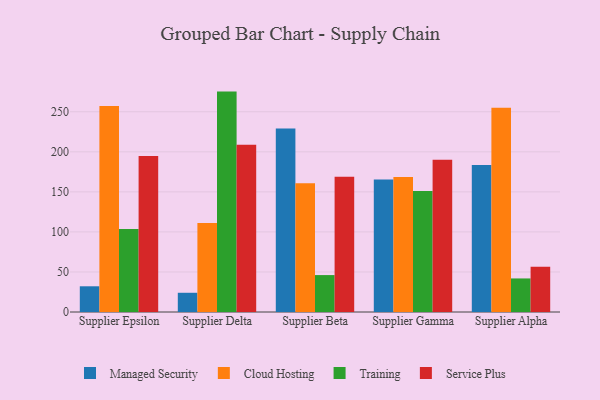
{"axis": {"x": "Supplier", "y": "Energy Usage (MWh)"}, "legend": ["Cloud Hosting", "Managed Security", "Service Plus", "Training"], "data": [{"x": "Supplier Epsilon", "y": 32.1, "type": "Managed Security"}, {"x": "Supplier Epsilon", "y": 257.3, "type": "Cloud Hosting"}, {"x": "Supplier Epsilon", "y": 103.6, "type": "Training"}, {"x": "Supplier Epsilon", "y": 194.9, "type": "Service Plus"}, {"x": "Supplier Delta", "y": 24.0, "type": "Managed Security"}, {"x": "Supplier Delta", "y": 111.1, "type": "Cloud Hosting"}, {"x": "Supplier Delta", "y": 275.2, "type": "Training"}, {"x": "Supplier Delta", "y": 208.7, "type": "Service Plus"}, {"x": "Supplier Beta", "y": 229.1, "type": "Managed Security"}, {"x": "Supplier Beta", "y": 160.7, "type": "Cloud Hosting"}, {"x": "Supplier Beta", "y": 46.1, "type": "Training"}, {"x": "Supplier Beta", "y": 169.0, "type": "Service Plus"}, {"x": "Supplier Gamma", "y": 165.5, "type": "Managed Security"}, {"x": "Supplier Gamma", "y": 168.6, "type": "Cloud Hosting"}, {"x": "Supplier Gamma", "y": 151.2, "type": "Training"}, {"x": "Supplier Gamma", "y": 190.2, "type": "Service Plus"}, {"x": "Supplier Alpha", "y": 183.4, "type": "Managed Security"}, {"x": "Supplier Alpha", "y": 255.0, "type": "Cloud Hosting"}, {"x": "Supplier Alpha", "y": 41.9, "type": "Training"}, {"x": "Supplier Alpha", "y": 56.5, "type": "Service Plus"}]}